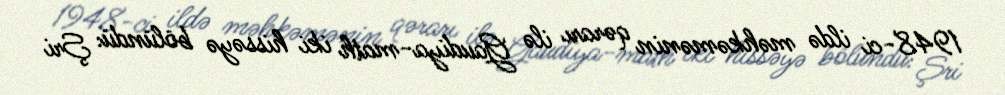
1948-ci ildə məhkəmənin qərarı ilə Gaudiya-math iki hissəyə bölündü: Şri